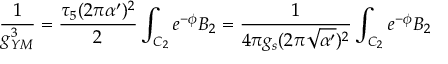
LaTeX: \frac { 1 } { g _ { Y M } ^ { 3 } } = \frac { \tau _ { 5 } ( 2 \pi \alpha ^ { \prime } ) ^ { 2 } } { 2 } \int _ { { \cal { C } } _ { 2 } } { e } ^ { - \phi } B _ { 2 } = \frac { 1 } { 4 \pi g _ { s } ( 2 \pi \sqrt { \alpha ^ { \prime } } ) ^ { 2 } } \int _ { { \cal { C } } _ { 2 } } { e } ^ { - \phi } B _ { 2 }